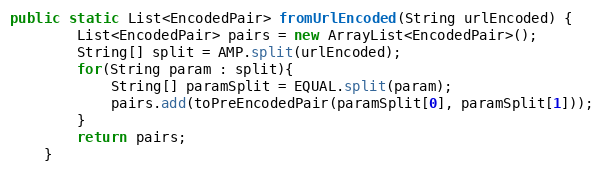
Language: Java
public static List<EncodedPair> fromUrlEncoded(String urlEncoded) {
        List<EncodedPair> pairs = new ArrayList<EncodedPair>();
        String[] split = AMP.split(urlEncoded);
        for(String param : split){
            String[] paramSplit = EQUAL.split(param);
            pairs.add(toPreEncodedPair(paramSplit[0], paramSplit[1]));
        }
        return pairs;
    }